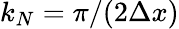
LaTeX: k_{N}=\pi/(2\Delta x)